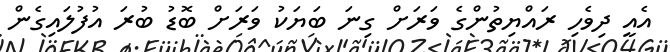
އެއީ ދިވެހި ރައްޔިތުންގެ ވަރަށް ގިނަ ބަޔަކު ވަރަށް ބޮޑު ބުރަ އުފުލައިގެން